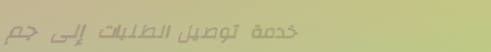
خدمة توصيل الطلبات إلى جم